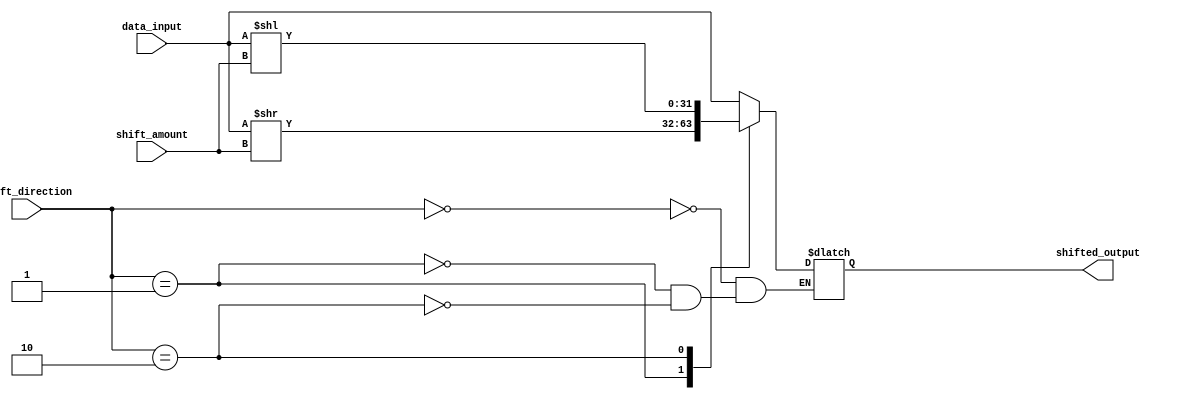
module Barrel_Shifter (
    input [31:0] data_input,
    input [1:0] shift_direction, // 00: no shift, 01: right shift, 10: left shift
    input [4:0] shift_amount, // number of positions to shift
    output reg [31:0] shifted_output
);

always @(*) begin
    case(shift_direction)
        2'b00: shifted_output = data_input;
        2'b01: shifted_output = data_input >> shift_amount;
        2'b10: shifted_output = data_input << shift_amount;
    endcase
end

endmodule